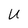
Character: U